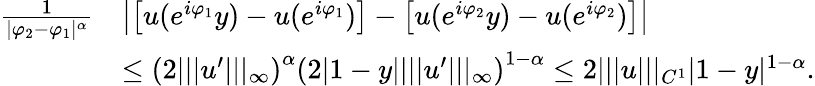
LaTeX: \begin{array}{rl}{\frac{1}{|\varphi_{2}-\varphi_{1}|^{\alpha}}}&{\left|\left[u(e^{i\varphi_{1}}y)-u(e^{i\varphi_{1}})\right]-\left[u(e^{i\varphi_{2}}y)-u(e^{i\varphi_{2}})\right]\right|}\\ &{\leq\left(2|||u^{\prime}|||_{\infty}\right)^{\alpha}\left(2|1-y||||u^{\prime}|||_{\infty}\right)^{1-\alpha}\leq 2|||u|||_{C^{1}}|1-y|^{1-\alpha}.}\end{array}